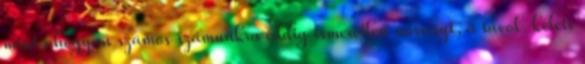
mint ahogyan számos számunkra eddig ismeretlen növényt, a távol-keleti